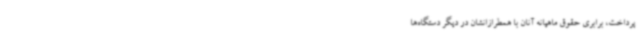
پرداخت، برابری حقوق ماهیانه آنان با همطرازانشان در دیگر دستگاه‌ها